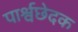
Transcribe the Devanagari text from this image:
पार्श्वछेदक